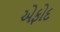
એફોદ